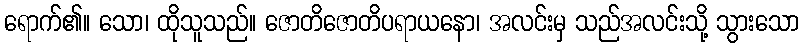
ရောက်၏။ သော၊ ထိုသူသည်။ ဇောတိဇောတိပရာယနော၊ အလင်းမှ သည်အလင်းသို့ သွားသော